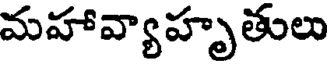
మహావ్యాహృతులు